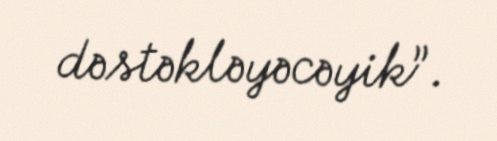
dəstəkləyəcəyik”.